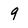
Character: 9